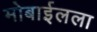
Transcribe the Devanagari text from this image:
मोबाईलला